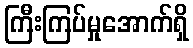
ကြီးကြပ်မှုအောက်ရှိ